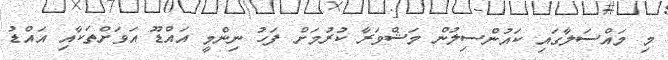
މި މައްސަލާގައި ކައުންސިލުން މަޝްވަރާ ކުރުމަށް ފަހު ނިންމީ އައްޑޫ އަވަށްތަކާއި އައްޑު